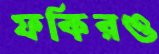
ফকিরও